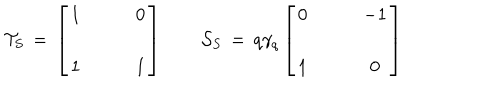
LaTeX: { \cal T } _ { S } \, = \, \left[ \begin{array} { c c } { { 1 } } & { { \qquad 0 } } \\ { { } } & { { } } \\ { { 1 } } & { { \qquad 1 } } \\ \end{array} \right] \qquad { \cal S } _ { S } \, = \, q \gamma _ { q } \left[ \begin{array} { c c } { { 0 } } & { { \qquad - 1 } } \\ { { } } & { { } } \\ { { 1 } } & { { \qquad 0 } } \\ \end{array} \right]